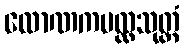
လောဏကပလ္လသုတ္တံ